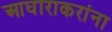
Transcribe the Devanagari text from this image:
आघाराकरांना